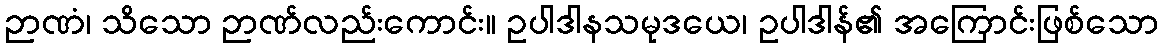
ဉာဏံ၊ သိသော ဉာဏ်လည်းကောင်း။ ဥပါဒါနသမုဒယေ၊ ဥပါဒါန်၏ အကြောင်းဖြစ်သော